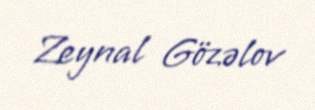
Zeynal Gözəlov